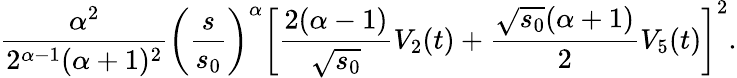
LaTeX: \frac{\alpha^{2}}{2^{\alpha-1}(\alpha+1)^{2}}\left(\frac{s}{s_{0}}\right)^{\alpha}\left[\frac{2(\alpha-1)}{\sqrt{s_{0}}}V_{2}(t)+\frac{\sqrt{s_{0}}(\alpha+1)}{2}V_{5}(t)\right]^{2}.